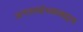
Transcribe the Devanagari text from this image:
अगस्त्यांच्याबद्दल